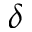
\delta